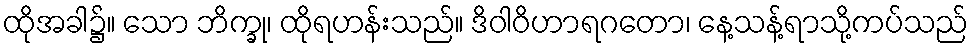
ထိုအခါ၌။ သော ဘိက္ခု၊ ထိုရဟန်းသည်။ ဒိဝါဝိဟာရဂတော၊ နေ့သန့်ရာသို့ကပ်သည်